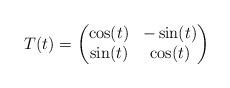
LaTeX: \begin{align*} T(t)=\begin{pmatrix} \cos(t) & -\sin(t) \\ \sin(t) & \cos(t) \end{pmatrix}\end{align*}